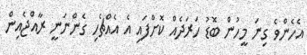
އެހެންވެ ގިނަ މީހުން ބޮޑު ހަރަދެއް ކޮށްފައި އެ އެއްޗެހި ގެންނަނީ ރާއްޖެއިން